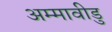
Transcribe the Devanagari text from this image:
अम्मावीडु